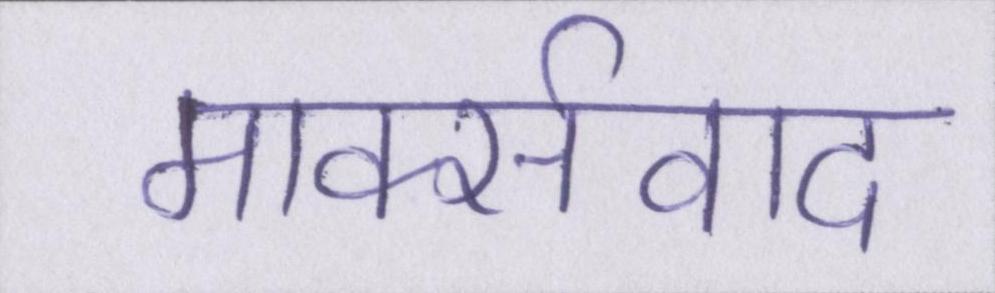
मार्क्सवाद